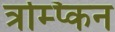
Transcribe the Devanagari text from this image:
त्रम्प्किन